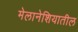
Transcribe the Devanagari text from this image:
मेलानेशियातील